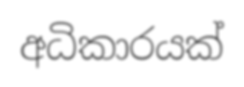
අධිකාරයක්